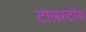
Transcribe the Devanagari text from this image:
टालस्टॉय